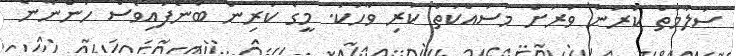
ސަލާމަތް ކުރަން ވަރަށް މަސައްކަތް ކުރި ވާހަކަ. މީގެ ކުރިން ބުނެފައިވެސް ހުންނާނެ